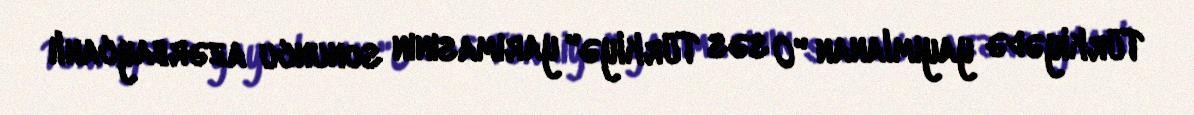
Türkiyədə yayımlanan "O səs Türkiyə" yarımasının sonuncu azərbaycanlı